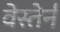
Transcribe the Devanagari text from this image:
वेस्तेर्न